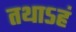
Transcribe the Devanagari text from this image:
तथाऽहं